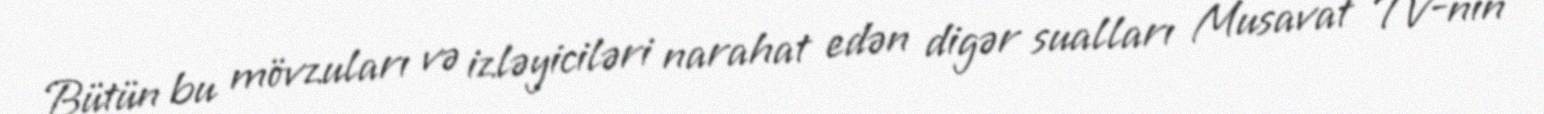
Bütün bu mövzuları və izləyiciləri narahat edən digər sualları Musavat TV-nin